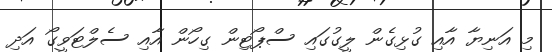
މި އަނިޔާ އާއި ގުޅިގެން ލީގުގައި ސްޕޯޓިން ގިހޯން އާއި ސެލްޓަވީގޯ އަދި